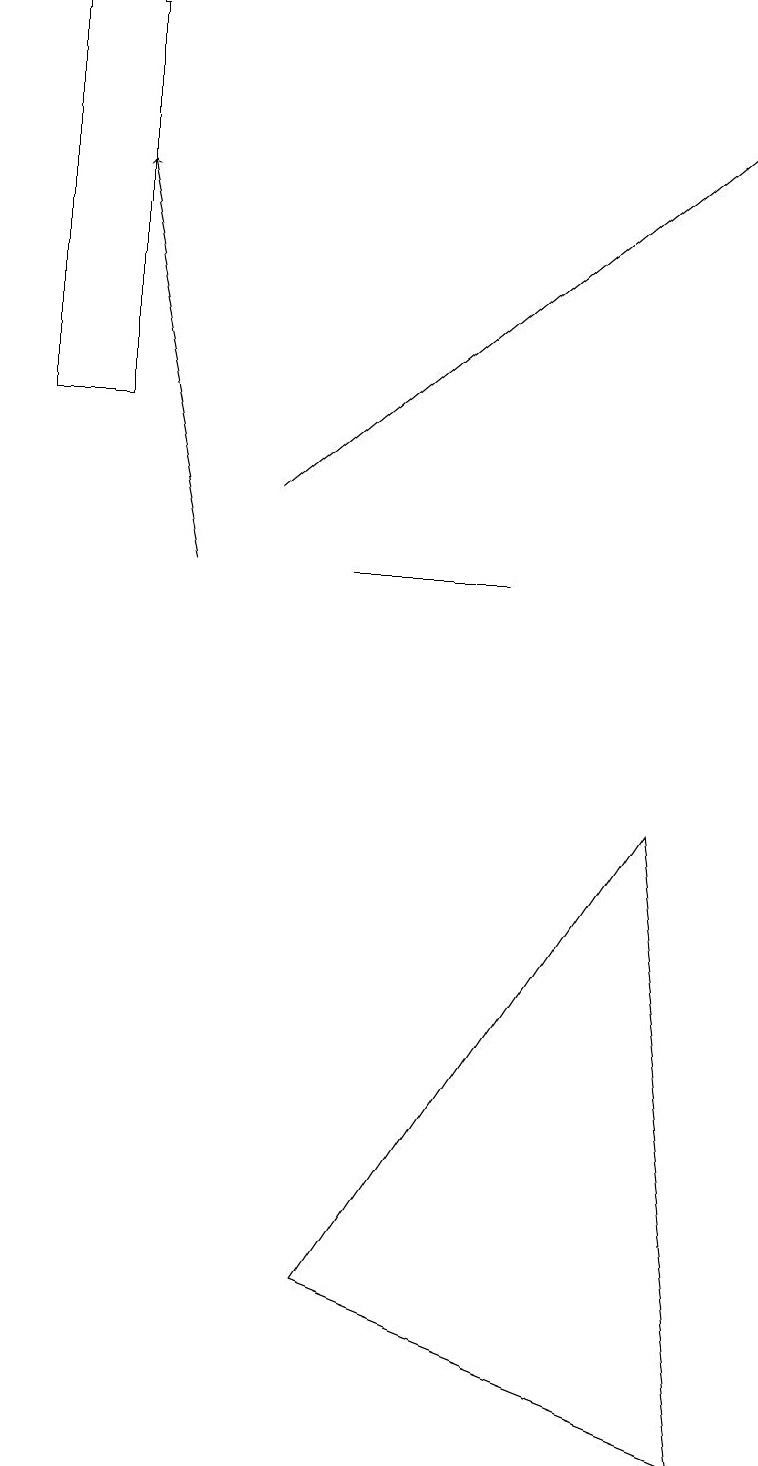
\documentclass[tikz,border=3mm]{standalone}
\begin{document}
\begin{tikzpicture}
\draw (1,14) rectangle (0,19);
\draw[->] (3,13) -- (9,18);
\draw (4,3) -- (8,9) -- (9,1) -- cycle;
\draw[->] (2,12) -- (1,17);
\draw (0,16) rectangle (0,19);
\draw (4,12) rectangle (6,12);
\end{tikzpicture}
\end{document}